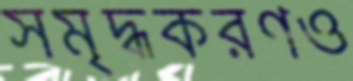
সমৃদ্ধকরণও